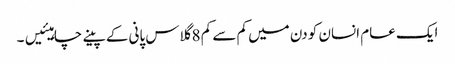
ایک عام انسان کو دن میں کم سے کم 8 گلاس پانی کے پینے چاہیئیں۔